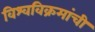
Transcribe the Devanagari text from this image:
विश्वविक्रमांची